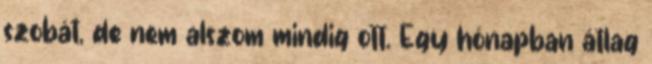
szobát, de nem alszom mindig ott. Egy hónapban átlag